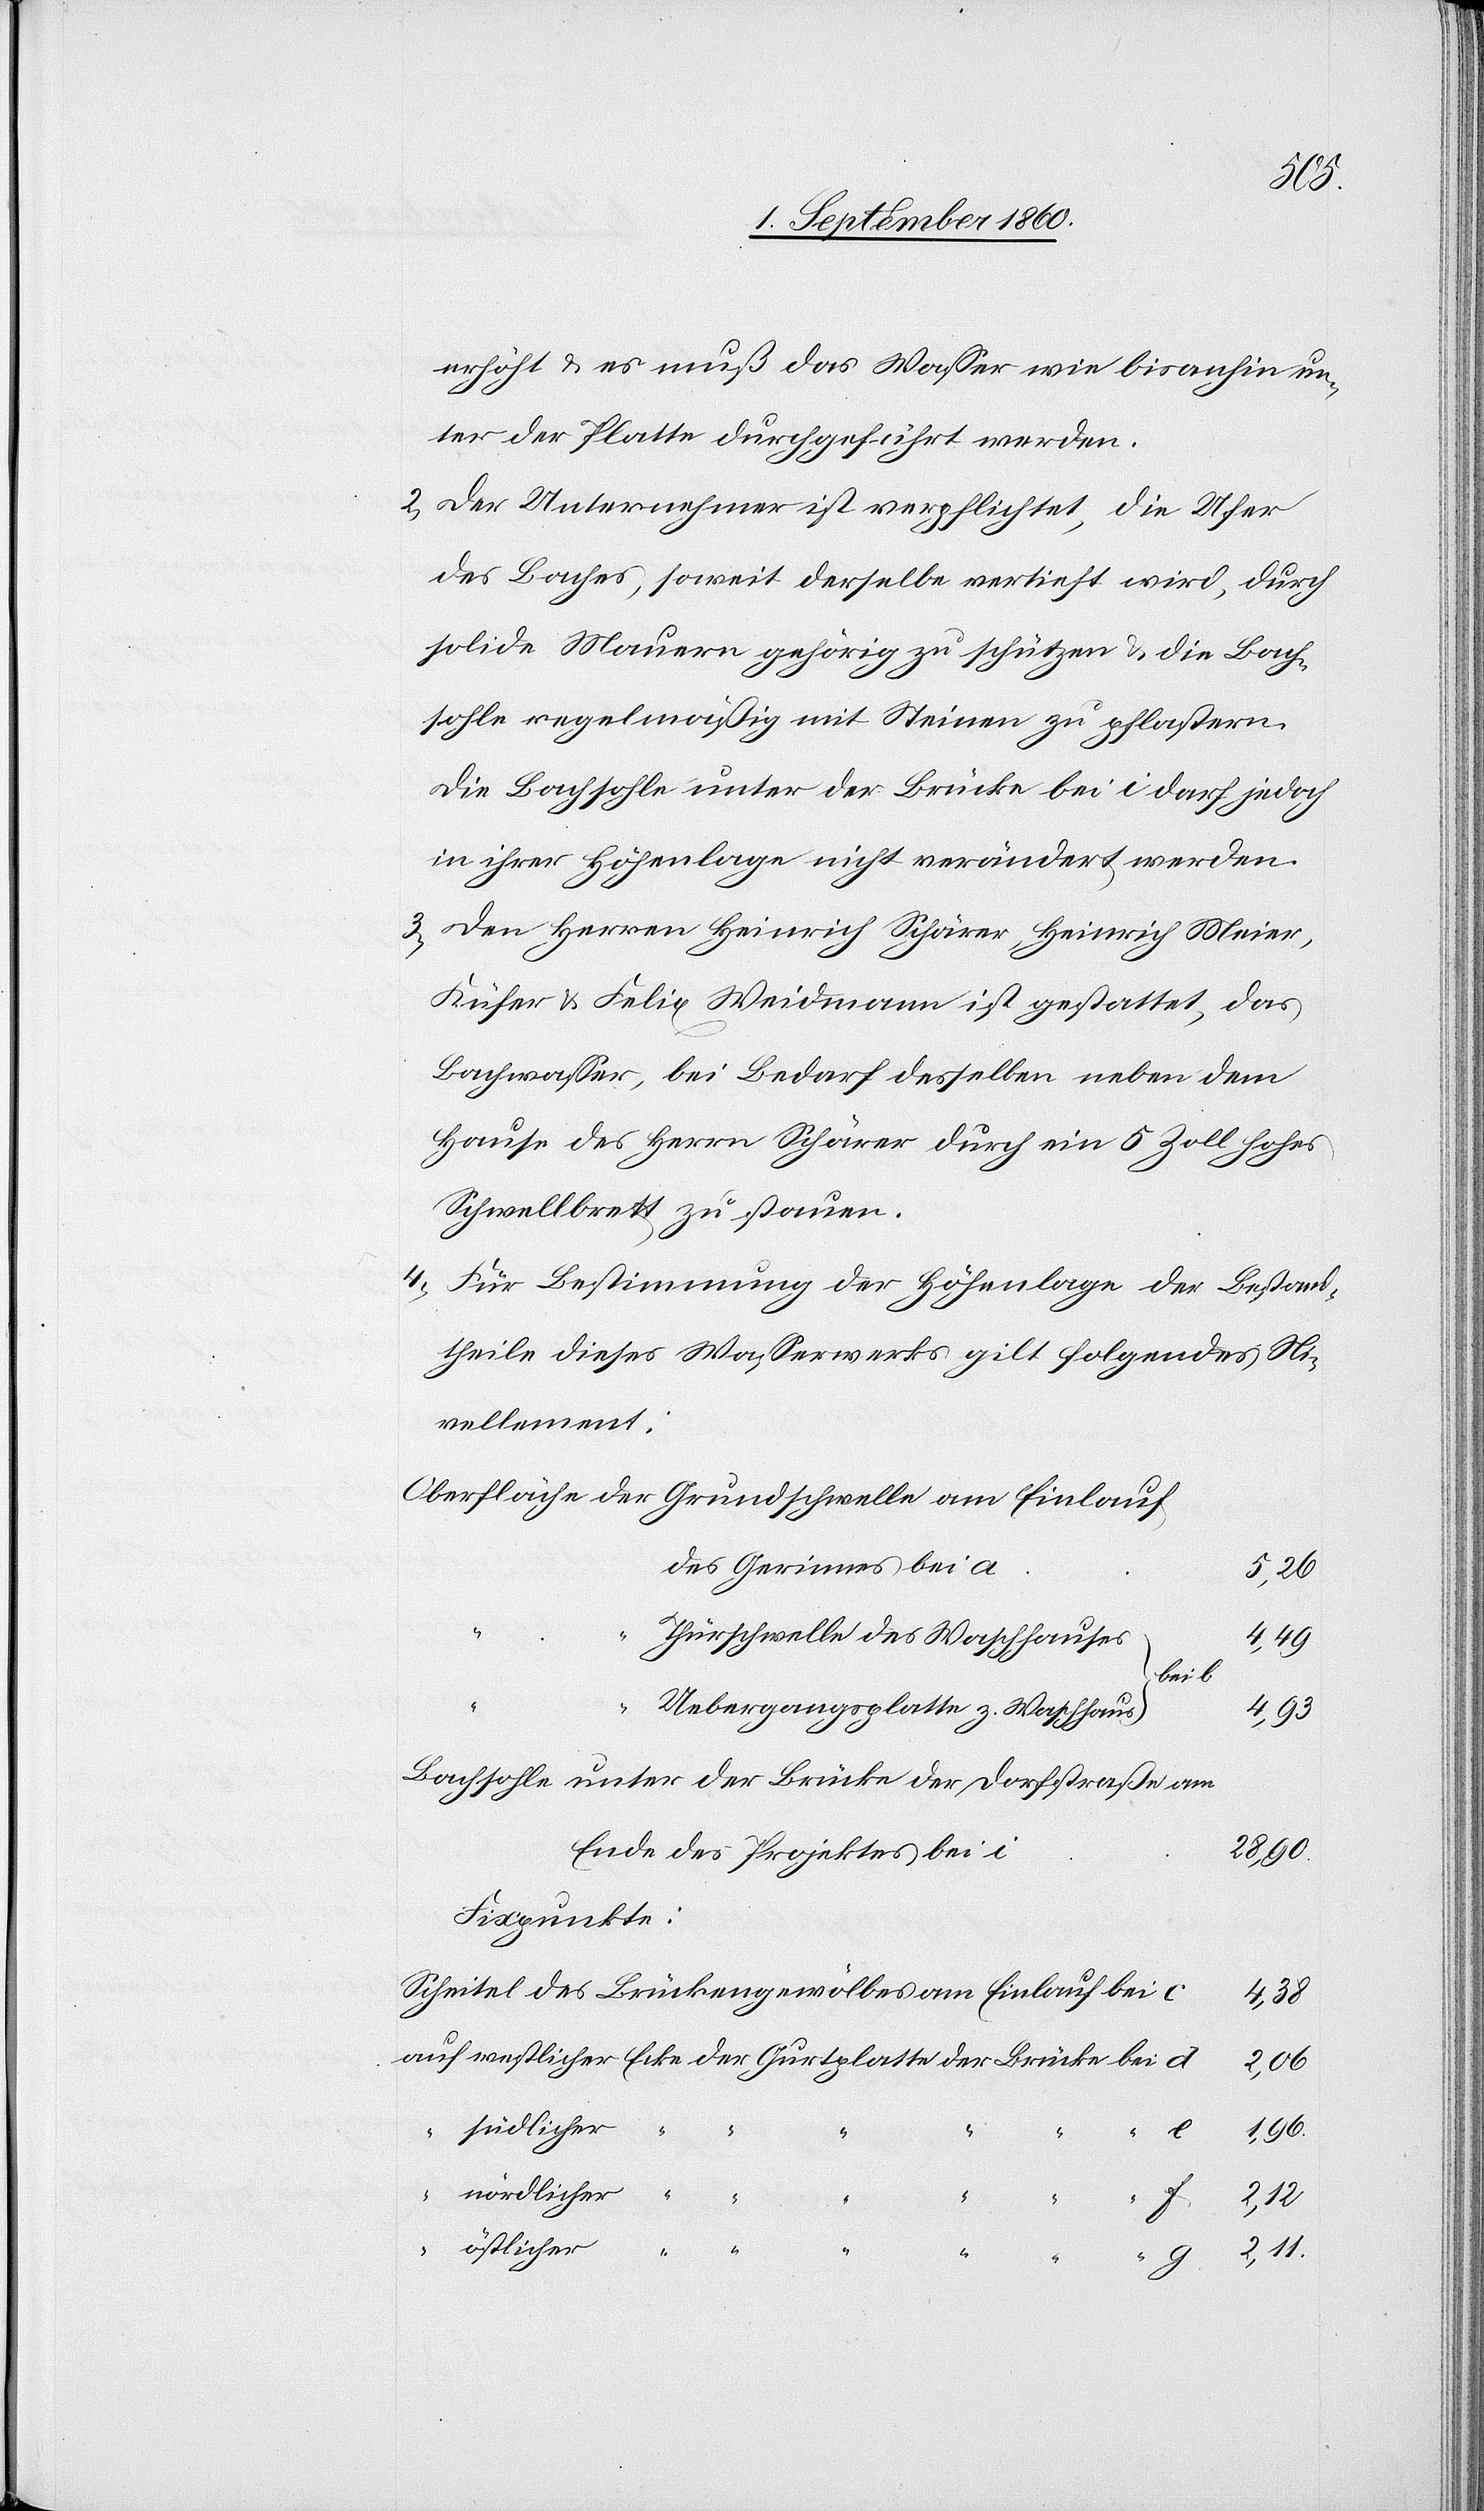
erhöht u. es muss das Wasser wie bis anhin un¬
ter der Platte durchgeführt werden.
2) Der Unternehmer ist verpflichtet, die Ufer
des Baches, soweit derselbe vertieft wird, durch
solide Mauern gehörig zu schützen u. die Bach¬
sohle regelmässig mit Steinen zu pflastern.
Die Bachsohle unter der Brücke bei o darf jedoch
in ihrer Höhenlage nicht verändert werden.
3) Dem Herrn Heinrich Schärer, Heinrich Meier,
Küfer u. Felix Weidmann ist gestattet, das
Bachwasser, bei Bedarf desselben neben dem
Hause des Hrn. Schärer durch ein 5 Zoll hohes
Schwellbrett zu stauen.
4) Für Bestimmung der Höhenlage der Bestand¬
theile dieses Wasserwerks gilt folgendes Ni¬
vellement:
des Gerinnes bei a
5, 26.
Thürschwelle des Waschhauses
4, 49.
bei
d.
Uebergangsplatte zum Waschhaus
4, 93.
Bachsohle unter der Brücke der Dorfstrasse, am
2, 11.
Ende des Projektes bei i
Fixpunkte:
Scheitel des Brückengewölbes am Einlauf bei c
4, 38.
2, 06.
südlicher
1, 96.
“
nördlicher
2, 12.
g.
östlicher